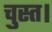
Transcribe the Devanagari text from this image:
चुस्त।